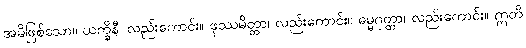
အမိဖြစ်သော။ ယက္ခိနီ၊ လည်းကောင်း။ ဖုဿမိတ္တာ၊ လည်းကောင်း။ ဓမ္မဂုတ္တာ၊ လည်းကောင်း။ ဣတိ